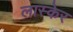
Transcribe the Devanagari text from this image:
लास्केर